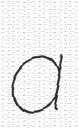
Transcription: a